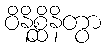
ဝိနိစ္ဆိနိတွာ